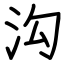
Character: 沟